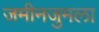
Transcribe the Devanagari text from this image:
जमीनजुमला